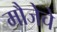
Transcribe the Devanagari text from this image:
मौजेचे